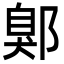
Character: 鄓